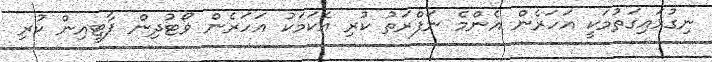
ނިގުޅައިގަތުމަކީ އަހަރެން އެންމެ ނަފްރަތު ކުރި އެކަމަކު އަހަރެން ވޯޓުދިން ޕާޓީއިން ކުރި